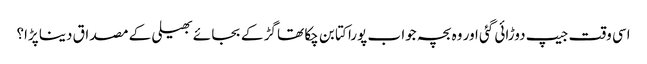
اسی وقت جیپ دوڑائی گئی اور وہ بچہ جوا ب پورا کتا بن چکا تھا گڑ کے بجا ئے بھیلی کے مصداق دینا پڑا؟